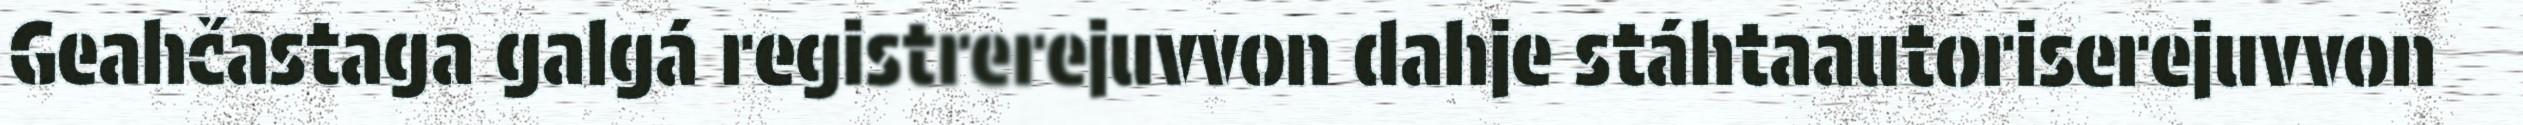
Geahčastaga galgá registrerejuvvon dahje stáhtaautoriserejuvvon